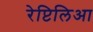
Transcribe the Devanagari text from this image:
रेप्टिलिआ